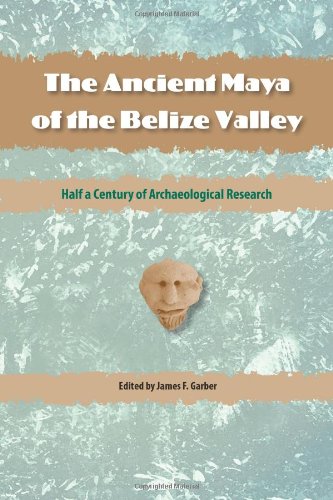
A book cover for The Ancient Maya of the Belize Valley: Half a Century of Archaeological Research (Maya Studies); History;